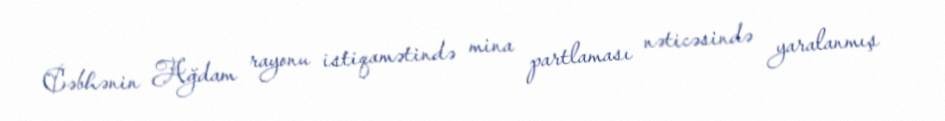
Cəbhənin Ağdam rayonu istiqamətində mina partlaması nəticəsində yaralanmış